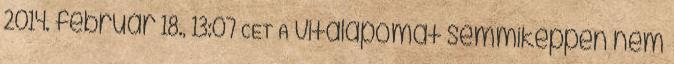
2014. február 18., 13:07 CET A vitalapomat semmiképpen nem